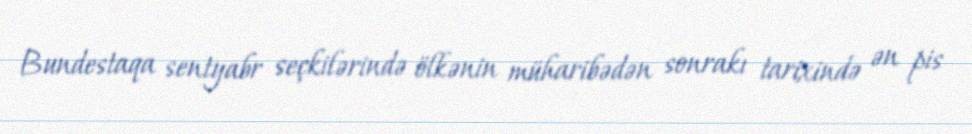
Bundestaqa sentyabr seçkilərində ölkənin müharibədən sonrakı tarixində ən pis